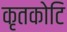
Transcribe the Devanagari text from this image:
कृतकोटि